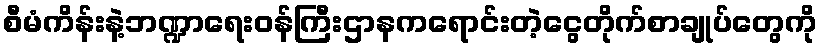
စီမံကိန်းနဲ့ဘဏ္ဍာရေးဝန်ကြီးဌာနကရောင်းတဲ့ငွေတိုက်စာချုပ်တွေကို